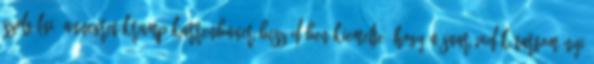
szolgálni. Annegret Kramp-Karrenbauer beszédében kiemelte, hogy a Saar-vidék tartományi